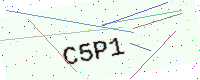
Text: C5P1